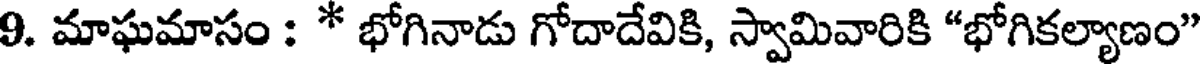
9. మాఘమాసం : * భోగినాడు గోదాదేవికి, స్వామివారికి "భోగికల్యాణం"